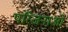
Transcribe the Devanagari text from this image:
परिजनाओं